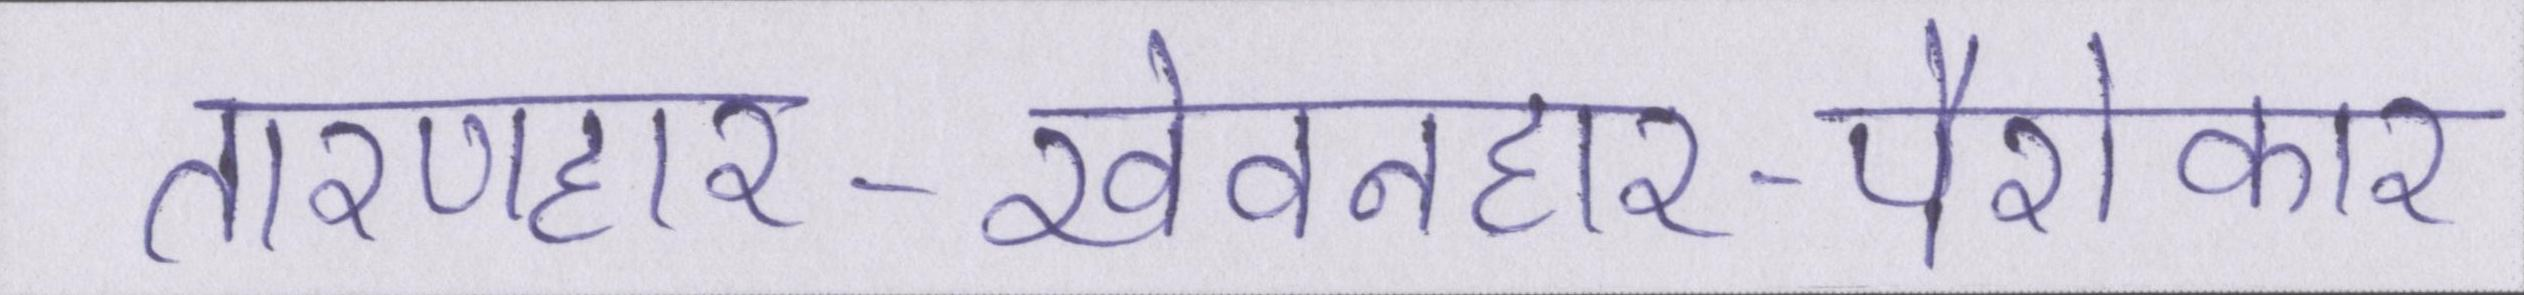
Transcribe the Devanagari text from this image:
तारणहार-खेवनहार-पैरोकार